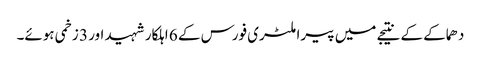
دھماکے کے نتیجے میں پیرا ملٹری فورس کے 6 اہلکار شہید اور 3 زخمی ہوئے۔